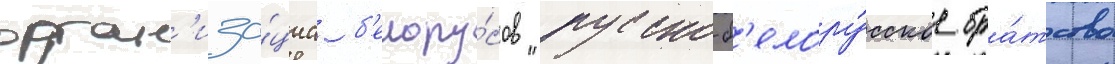
орган'иза́циа б'елору́сов "русско-б'елору́сское бра́тство